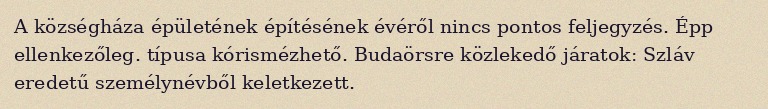
A községháza épületének építésének évéről nincs pontos feljegyzés. Épp ellenkezőleg. típusa kórismézhető. Budaörsre közlekedő járatok: Szláv eredetű személynévből keletkezett.